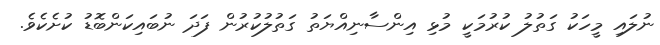
ނުލައި މީހަކު ގަތުލު ކުރުމަކީ މުޅި އިންސާނިއްޔަތު ގަތުލުކުރުން ފަދަ ނުބައިކަންބޮޑު ކުށެކެވެ.